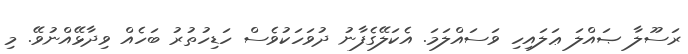
ރަސޫލާ ޞައްލަ ޢަލައިހި ވަސައްލަމަ. އެކަލޭގެފާނު ދުވަހަކުވެސް ހަޑިހުތުރު ބަހެއް ވިދާޅޭއްނުވޭ. މި